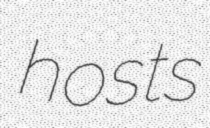
hosts